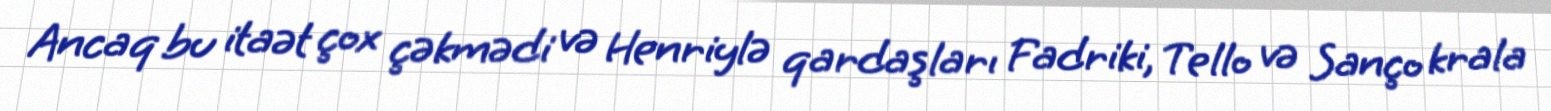
Ancaq bu itaət çox çəkmədi və Henriylə qardaşları Fadriki, Tello və Sanço krala